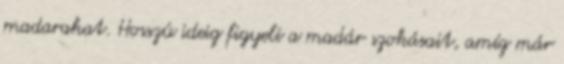
madarakat. Hosszú ideig figyeli a madár szokásait, amíg már